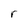
Character: r